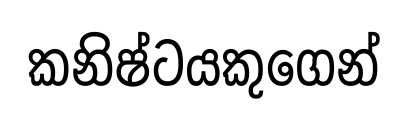
කනිෂ්ටයකුගෙන්